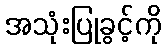
အသုံးပြုခွင့်ကို